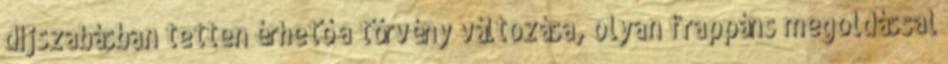
díjszabásban tetten érhető a törvény változása, olyan frappáns megoldással